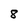
Character: 8